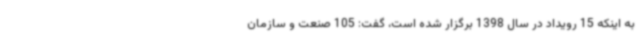
به اینکه 15 رویداد در سال 1398 برگزار شده است، گفت: 105 صنعت و سازمان